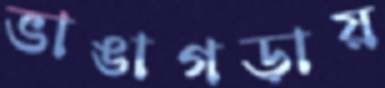
ভাঙাগড়ায়